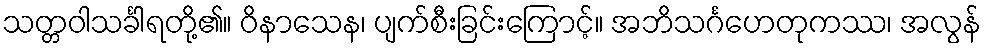
သတ္တဝါသင်္ခါရတို့၏။ ဝိနာသေန၊ ပျက်စီးခြင်းကြောင့်။ အဘိသင်္ဂဟေတုကဿ၊ အလွန်